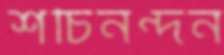
শচিনন্দন